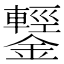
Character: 鑋